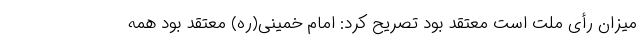
میزان رأی ملت است معتقد بود تصریح کرد: امام خمینی(ره) معتقد بود همه